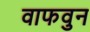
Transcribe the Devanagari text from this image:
वाफवुन